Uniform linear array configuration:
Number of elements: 32
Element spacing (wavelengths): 0.5
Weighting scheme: exponential
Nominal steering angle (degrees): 60
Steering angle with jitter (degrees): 60.582
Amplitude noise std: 0.05
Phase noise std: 0.05

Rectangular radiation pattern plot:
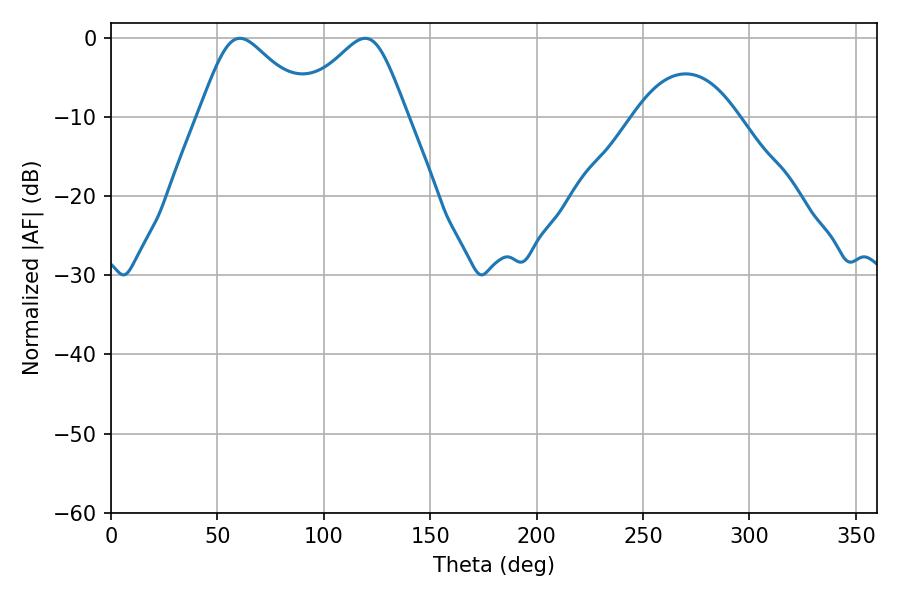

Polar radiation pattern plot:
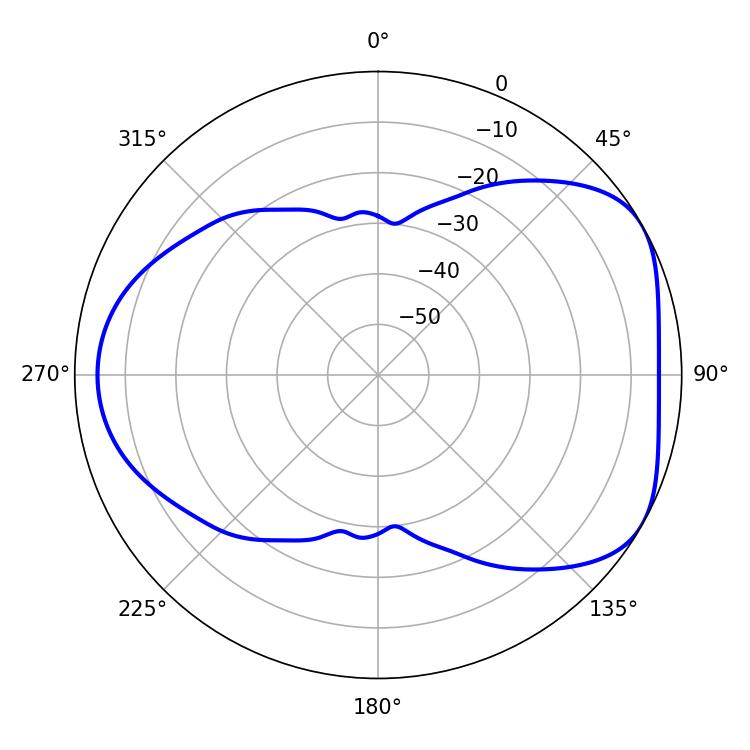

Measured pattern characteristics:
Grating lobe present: FALSE
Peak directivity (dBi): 4.898
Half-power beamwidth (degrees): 25.92
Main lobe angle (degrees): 60.66